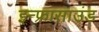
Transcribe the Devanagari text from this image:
इन्फ्रासाउंड